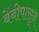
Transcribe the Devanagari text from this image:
बेंबीपासून